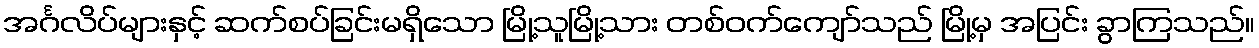
အင်္ဂလိပ်များနှင့် ဆက်စပ်ခြင်းမရှိသော မြို့သူမြို့သား တစ်ဝက်ကျော်သည် မြို့မှ အပြင်း ခွာကြသည်။